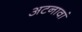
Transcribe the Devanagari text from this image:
अटनावां